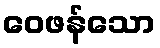
ဝေဖန်သော